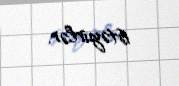
istəyirlər.